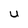
Character: U